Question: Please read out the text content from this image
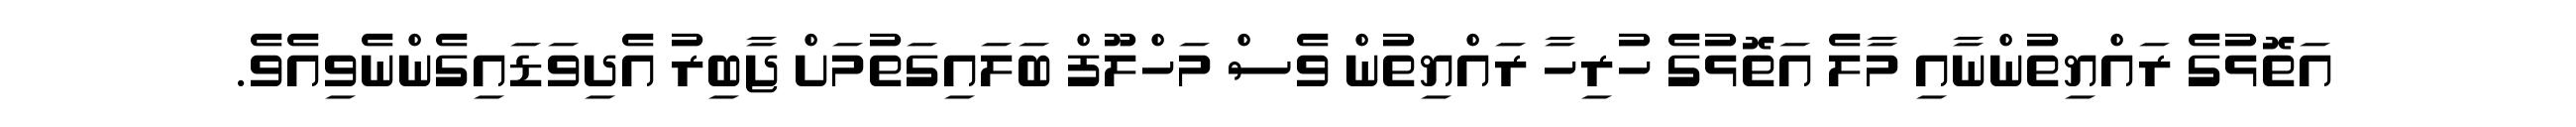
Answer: އަތޮޅުގެ ރައްޔިތުންނާއި މާލެ އަތޮޅުގެ ހުރިހާ ރައްޔިތުން ވެސް މަހްލޫފް ބަލައިގަތުމަށް ޖާބިރު އެދިވަޑައިގެންނެވިއެވެ.